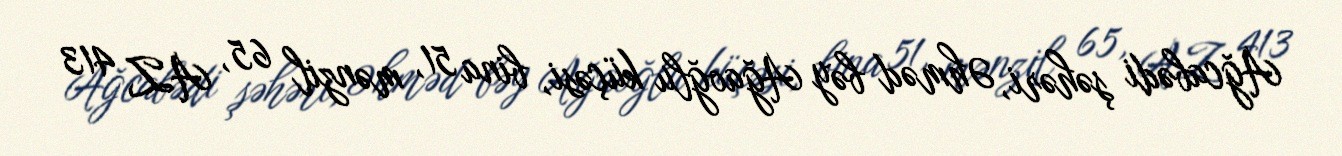
Ağcabədi şəhəri, Əhməd bəy Ağaoğlu küçəsi, bina 51, mənzil 65, AZ 413